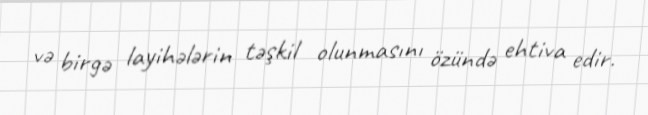
və birgə layihələrin təşkil olunmasını özündə ehtiva edir.